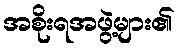
အစိုးရအဖွဲ့များ၏